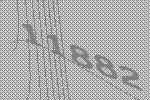
11882